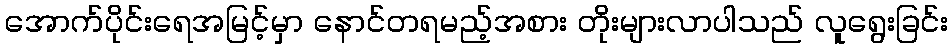
အောက်ပိုင်းရေအမြင့်မှာ နောင်တရမည့်အစား တိုးများလာပါသည် လူရွေးခြင်း